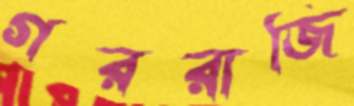
গররাজি